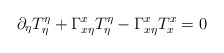
\begin{align*}\partial_{\eta}T^{\eta}_{\eta}+\Gamma^{x}_{x\eta}T^{\eta}_{\eta}-\Gamma ^{x}_{x\eta}T^{x}_{x}=0\end{align*}